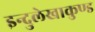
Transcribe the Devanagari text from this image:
इन्दुलेखाकुण्ड